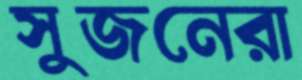
সুজনেরা